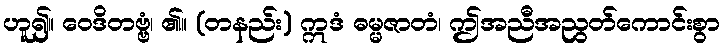
ဟူ၍။ ဝေဒိတဗ္ဗံ၊ ၏။ (တနည်း) ဣဒံ ဓမ္မဇာတံ၊ ဤအညီအညွတ်ကောင်းစွာ